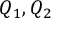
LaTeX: Q _ { 1 } , Q _ { 2 }